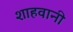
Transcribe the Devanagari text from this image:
शाहवानी